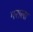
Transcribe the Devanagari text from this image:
गराला